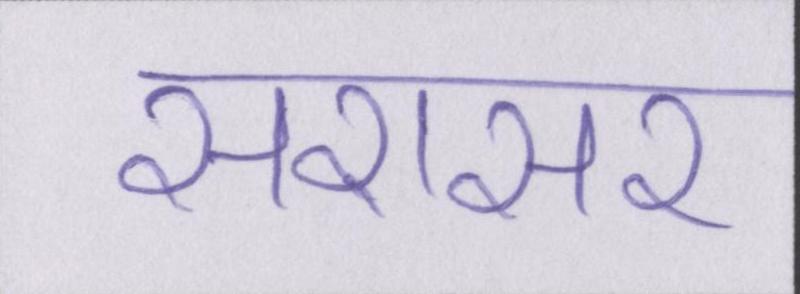
सरासर